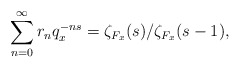
\begin{align*} \sum\limits_{n=0}^\infty r_nq_x^{-ns}=\zeta_{F_x}(s)/\zeta_{F_x}(s-1),\end{align*}